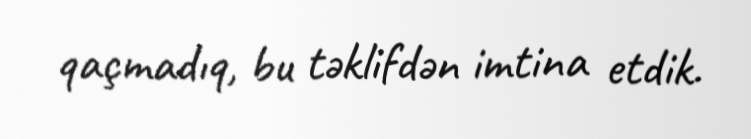
qaçmadıq, bu təklifdən imtina etdik.